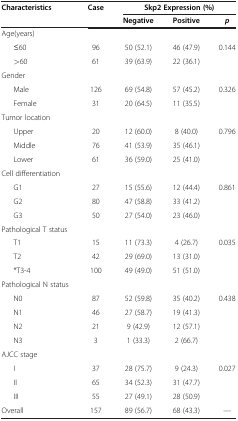
<table><thead><tr><td><b>Characteristics</b></td><td><b>Case</b></td><td colspan="3"><b> </b></td><td><b>Skp2 Expression (%)</b></td></tr><tr><td><b> </b></td><td><b> </b></td><td><b>Negative</b></td><td><b>Positive</b></td><td><b><i>p</i></b></td><td><b> </b></td></tr></thead><tbody><tr><td>Age(years)</td><td> </td><td> </td><td> </td><td> </td></tr><tr><td>≤60</td><td>96</td><td>50 (52.1)</td><td>46 (47.9)</td><td>0.144</td></tr><tr><td>&gt;60</td><td>61</td><td>39 (63.9)</td><td>22 (36.1)</td><td> </td></tr><tr><td>Gender</td><td> </td><td> </td><td> </td><td> </td></tr><tr><td>Male</td><td>126</td><td>69 (54.8)</td><td>57 (45.2)</td><td>0.326</td></tr><tr><td>Female</td><td>31</td><td>20 (64.5)</td><td>11 (35.5)</td><td> </td></tr><tr><td>Tumor location</td><td> </td><td> </td><td> </td><td> </td></tr><tr><td>Upper</td><td>20</td><td>12 (60.0)</td><td>8 (40.0)</td><td>0.796</td></tr><tr><td>Middle</td><td>76</td><td>41 (53.9)</td><td>35 (46.1)</td><td> </td></tr><tr><td>Lower</td><td>61</td><td>36 (59.0)</td><td>25 (41.0)</td><td> </td></tr><tr><td>Cell differentiation</td><td> </td><td> </td><td> </td><td> </td></tr><tr><td>G1</td><td>27</td><td>15 (55.6)</td><td>12 (44.4)</td><td>0.861</td></tr><tr><td>G2</td><td>80</td><td>47 (58.8)</td><td>33 (41.2)</td><td> </td></tr><tr><td>G3</td><td>50</td><td>27 (54.0)</td><td>23 (46.0)</td><td> </td></tr><tr><td>Pathological T status</td><td> </td><td> </td><td> </td><td> </td></tr><tr><td>T1</td><td>15</td><td>11 (73.3)</td><td>4 (26.7)</td><td>0.035</td></tr><tr><td>T2</td><td>42</td><td>29 (69.0)</td><td>13 (31.0)</td><td> </td></tr><tr><td>*T3-4</td><td>100</td><td>49 (49.0)</td><td>51 (51.0)</td><td> </td></tr><tr><td>Pathological N status</td><td> </td><td> </td><td> </td><td> </td></tr><tr><td>N0</td><td>87</td><td>52 (59.8)</td><td>35 (40.2)</td><td>0.438</td></tr><tr><td>N1</td><td>46</td><td>27 (58.7)</td><td>19 (41.3)</td><td> </td></tr><tr><td>N2</td><td>21</td><td>9 (42.9)</td><td>12 (57.1)</td><td> </td></tr><tr><td>N3</td><td>3</td><td>1 (33.3)</td><td>2 (66.7)</td><td> </td></tr><tr><td>AJCC stage</td><td> </td><td> </td><td> </td><td> </td></tr><tr><td>I</td><td>37</td><td>28 (75.7)</td><td>9 (24.3)</td><td>0.027</td></tr><tr><td>II</td><td>65</td><td>34 (52.3)</td><td>31 (47.7)</td><td> </td></tr><tr><td>III</td><td>55</td><td>27 (49.1)</td><td>28 (50.9)</td><td> </td></tr><tr><td>Overall</td><td>157</td><td>89 (56.7)</td><td>68 (43.3)</td><td>—</td></tr></tbody></table>